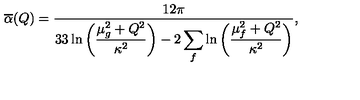
\overline { \alpha } ( Q ) = { \frac { 1 2 \pi } { \displaystyle 3 3 \ln { \bigg ( { \frac { \mu _ { g } ^ { 2 } + Q ^ { 2 } } { \kappa ^ { 2 } } } \bigg ) } - 2 \sum _ { f } \ln { \bigg ( { \frac { \mu _ { f } ^ { 2 } + Q ^ { 2 } } { \kappa ^ { 2 } } } \bigg ) } } } ,